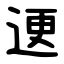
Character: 䢚